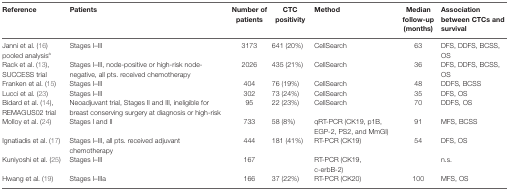
<table><thead><tr><td><b>Reference</b></td><td><b>Patients</b></td><td><b>Number of patients</b></td><td><b>CTC positivity</b></td><td><b>Method</b></td><td><b>Median follow-up (months)</b></td><td><b>Association between CTCs and survival</b></td></tr></thead><tbody><tr><td>Janni et al. (16) pooled analysis<sup>a</sup></td><td>Stages I–III</td><td>3173</td><td>641 (20%)</td><td>CellSearch</td><td>63</td><td>DFS, DDFS, BCSS, OS</td></tr><tr><td>Rack et al. (13), SUCCESS trial</td><td>Stages I–III, node-positive or high-risk node-negative, all pts. received chemotherapy</td><td>2026</td><td>435 (21%)</td><td>CellSearch</td><td>36</td><td>DFS, DDFS, BCSS, OS</td></tr><tr><td>Franken et al. (15)</td><td>Stages I–III</td><td>404</td><td>76 (19%)</td><td>CellSearch</td><td>48</td><td>DDFS, BCSS</td></tr><tr><td>Lucci et al. (23)</td><td>Stages I–III</td><td>302</td><td>73 (24%)</td><td>CellSearch</td><td>35</td><td>DFS, OS</td></tr><tr><td>Bidard et al. (14), REMAGUS02 trial</td><td>Neoadjuvant trial, Stages II and III, ineligible for breast conserving surgery at diagnosis or high-risk</td><td>95</td><td>22 (23%)</td><td>CellSearch</td><td>70</td><td>DDFS, OS</td></tr><tr><td>Molloy et al. (24)</td><td>Stages I and II</td><td>733</td><td>58 (8%)</td><td>qRT-PCR (CK19, p1B, EGP-2, PS2, and MmGI)</td><td>91</td><td>MFS, BCSS</td></tr><tr><td>Ignatiadis et al. (17)</td><td>Stages I–III, all pts. received adjuvant chemotherapy</td><td>444</td><td>181 (41%)</td><td>RT-PCR (CK19)</td><td>54</td><td>DFS, OS</td></tr><tr><td>Kuniyoshi et al. (25)</td><td>Stages I–III</td><td>167</td><td></td><td>RT-PCR (CK19, c-erbB-2)</td><td></td><td>n.s.</td></tr><tr><td>Hwang et al. (19)</td><td>Stages I–IIIa</td><td>166</td><td>37 (22%)</td><td>RT-PCR (CK20)</td><td>100</td><td>MFS, OS</td></tr></tbody></table>